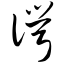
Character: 谔